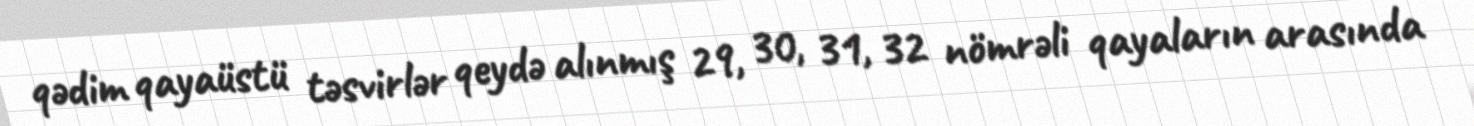
qədim qayaüstü təsvirlər qeydə alınmış 29, 30, 31, 32 nömrəli qayaların arasında